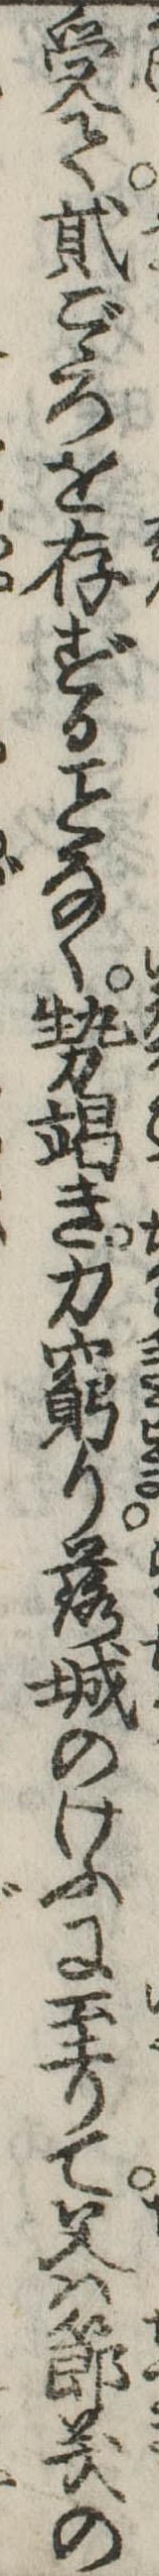
受て弐ごゝろを存ずるなく勢竭き力窮り落城のけふに至りて父は節義の